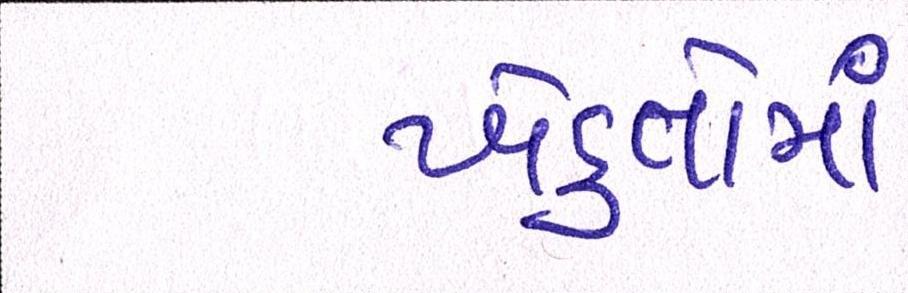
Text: ખેડુતોમાં